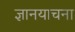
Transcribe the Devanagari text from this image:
ज्ञानयाचना